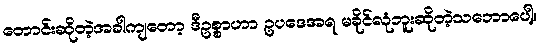
တောင်းဆိုတဲ့အခါကျတော့ ဒီဥစ္စာဟာ ဥပဒေအရ မခိုင်လုံဘူးဆိုတဲ့သဘောပေါ့။